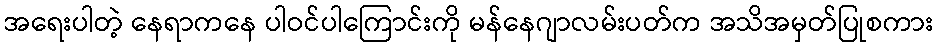
အရေးပါတဲ့ နေရာကနေ ပါဝင်ပါကြောင်းကို မန်နေဂျာလမ်းပတ်က အသိအမှတ်ပြုစကား